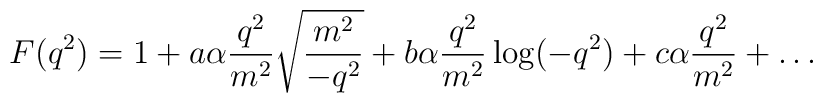
F(q^2) = 1+ a\alpha    {q^2 \over m^2}\sqrt{m^2 \over -q^2} +    b\alpha{q^2 \over m^2} \log(-q^2) + c \alpha {q^2 \over m^2} +\ldots